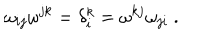
LaTeX: \omega _ { i j } \omega ^ { j k } = \delta _ { i } ^ { k } = \omega ^ { k j } \omega _ { j i } \ .